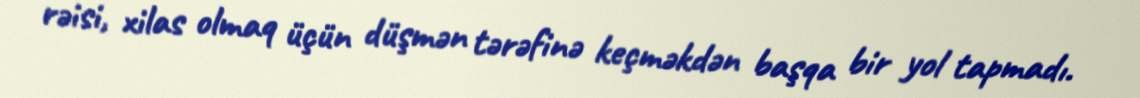
rəisi, xilas olmaq üçün düşmən tərəfinə keçməkdən başqa bir yol tapmadı.